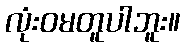
လုံးဝမတူပါဘူး။